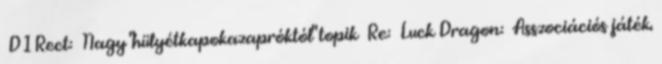
D1Rect: Nagy "hülyétkapokazapróktól" topik Re: Luck Dragon: Asszociációs játék.